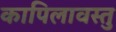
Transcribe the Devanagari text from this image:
कापिलावस्तु